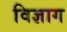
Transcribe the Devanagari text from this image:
विज्ञाग